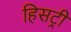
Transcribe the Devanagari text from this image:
हिसट्री